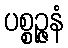
ပစ္စဉ္ဇနံ